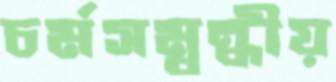
চর্মসম্বন্ধীয়